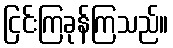
ငြင်းကြခုန်ကြသည်။